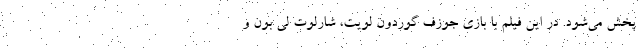
پخش می‌شود. در این فیلم با بازی جوزف گوردون لویت، شارلوت لی بون و